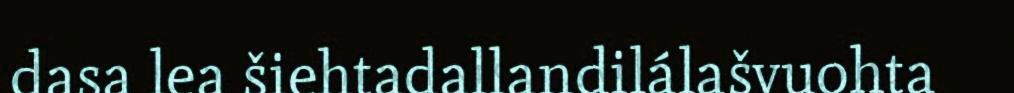
dasa lea šiehtadallandilálašvuohta